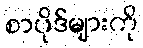
စာပိုဒ်များကို